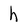
Character: h